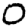
Digit: 0